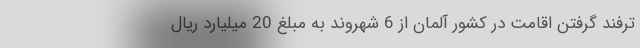
ترفند گرفتن اقامت در کشور آلمان از 6 شهروند به مبلغ 20 میلیارد ریال